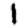
Digit: 1